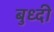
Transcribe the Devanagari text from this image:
बुध्‍दी